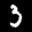
Label: 3